Annual report on the mental hospital in the Central Provinces and Berar (Nagpur) - 1927-1951
Year: 1927
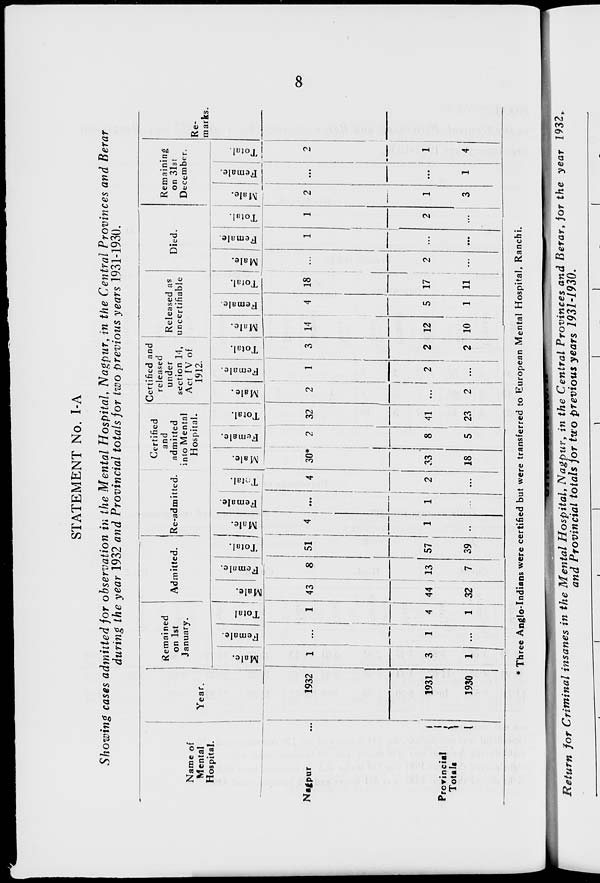
8
STATEMENT No. I-A
Showing cases admitted for observation in the Mental Hospital, Nagpur, in the Central Provinces and Berar
during the year 1932 and Provincial totals for two previous years 1931-1930.
Name of
Mental
Hospital.
Nagpur ...
Provincial
Totals
Year.
1932
1931
1930
Remained
on 1st
January.
Male.
1
3
1
Female.
...
1
...
Total.
1
4
1
Admitted.
Male.
43
44
32
Female.
8
13
7
Total.
51
57
39
Re-admitted.
Male.
4
1
...
Female.
...
1
...
Total.
4
2
...
Certified
and
admitted
into Mental
Hospital.
Male.
30*
33
18
Female.
2
8
5
Total.
32
41
23
Certified and
released
under
section 14,
Act IV of
1912.
Male.
2
...
2
Female.
1
2
...
Total.
3
2
2
Released as
uncertifiable
Male.
14
12
10
Female.
4
5
1
Total.
18
17
11
Died.
Male.
...
2
...
Female.
1
...
...
Total.
1
2
...
Remaining
on 31st
December.
Male.
2
1
3
Female.
...
...
1
Total.
2
1
4
Re-
marks.
* Three Anglo-Indians were certified but were transferred to European Mental Hospital, Ranchi.